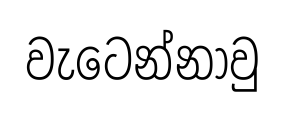
වැටෙන්නාවු